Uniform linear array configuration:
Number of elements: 24
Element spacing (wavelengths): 1
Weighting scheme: exponential
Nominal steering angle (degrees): -15
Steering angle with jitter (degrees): -15.832
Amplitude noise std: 0.05
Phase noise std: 0.05

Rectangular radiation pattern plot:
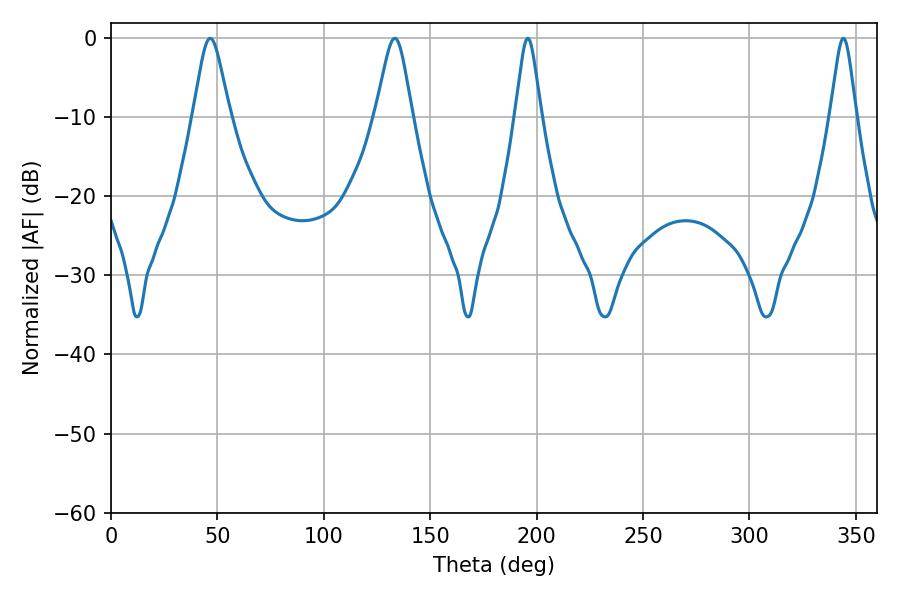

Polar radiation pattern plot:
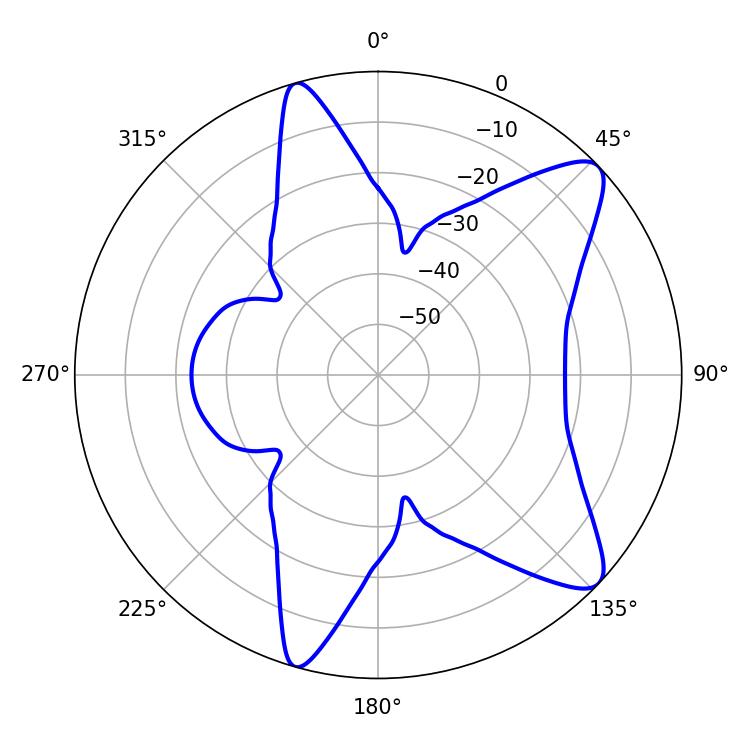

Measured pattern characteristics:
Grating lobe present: TRUE
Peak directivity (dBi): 10.156
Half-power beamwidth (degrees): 8.28
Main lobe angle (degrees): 46.62